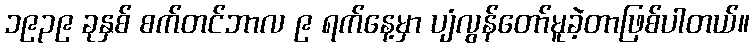
၁၉၃၉ ခုနှစ် စက်တင်ဘာလ ၉ ရက်နေ့မှာ ပျံလွန်တော်မူခဲ့တာဖြစ်ပါတယ်။